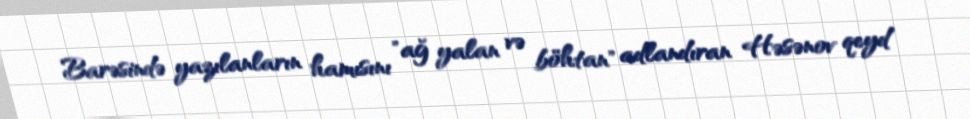
Barəsində yazılanların hamısını "ağ yalan və böhtan" adlandıran Həsənov qeyd